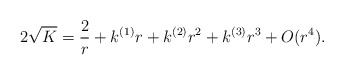
\begin{align*} 2\sqrt{K}=\frac{2}{r} + k^{(1)} r + k^{(2)} r^2 + k^{(3)} r^3 +O(r^4).\end{align*}